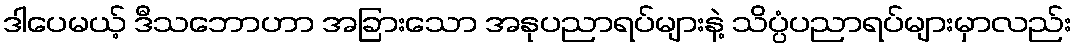
ဒါပေမယ့် ဒီသဘောဟာ အခြားသော အနုပညာရပ်များနဲ့ သိပ္ပံပညာရပ်များမှာလည်း